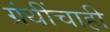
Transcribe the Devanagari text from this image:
ग्रंथींचाही